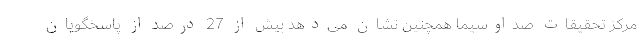
مرکز تحقیقات صداوسیما همچنین نشان می‌دهد بیش از 27 درصد از پاسخگویان